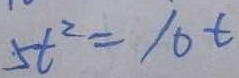
5 t ^ { 2 } = 1 0 t